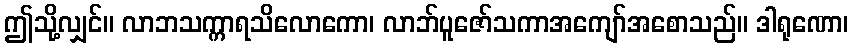
ဤသို့လျှင်။ လာဘသက္ကာရသိလောကော၊ လာဘ်ပူဇော်သကာအကျော်အစောသည်။ ဒါရုဏော၊